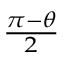
\scriptstyle { \frac { \pi - \theta } { 2 } }